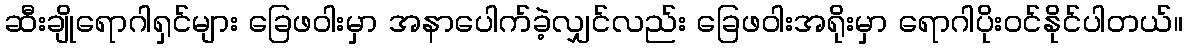
ဆီးချိုရောဂါရှင်များ ခြေဖဝါးမှာ အနာပေါက်ခဲ့လျှင်လည်း ခြေဖဝါးအရိုးမှာ ရောဂါပိုးဝင်နိုင်ပါတယ်။